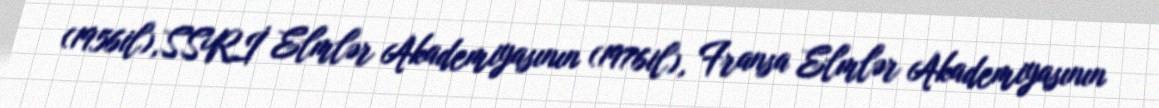
(1956il),SSRİ Elmlər Akademiyasının (1976il), Fransa Elmlər Akademiyasının